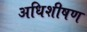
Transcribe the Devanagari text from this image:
अधिशीषण